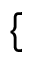
\{